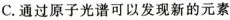
C.通过原子光谱可以发现新的元素